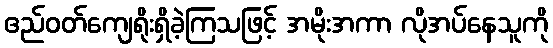
ဧည်ဝတ်ကျေရိုးရှိခဲ့ကြသဖြင့် အမိုးအကာ လိုအပ်နေသူကို